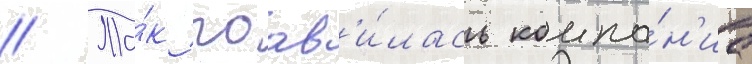
// Та́к поав'и́лась компа́н'иа